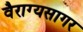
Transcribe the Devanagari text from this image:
वैराग्यसागर